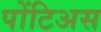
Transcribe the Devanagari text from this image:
पोंटिअस